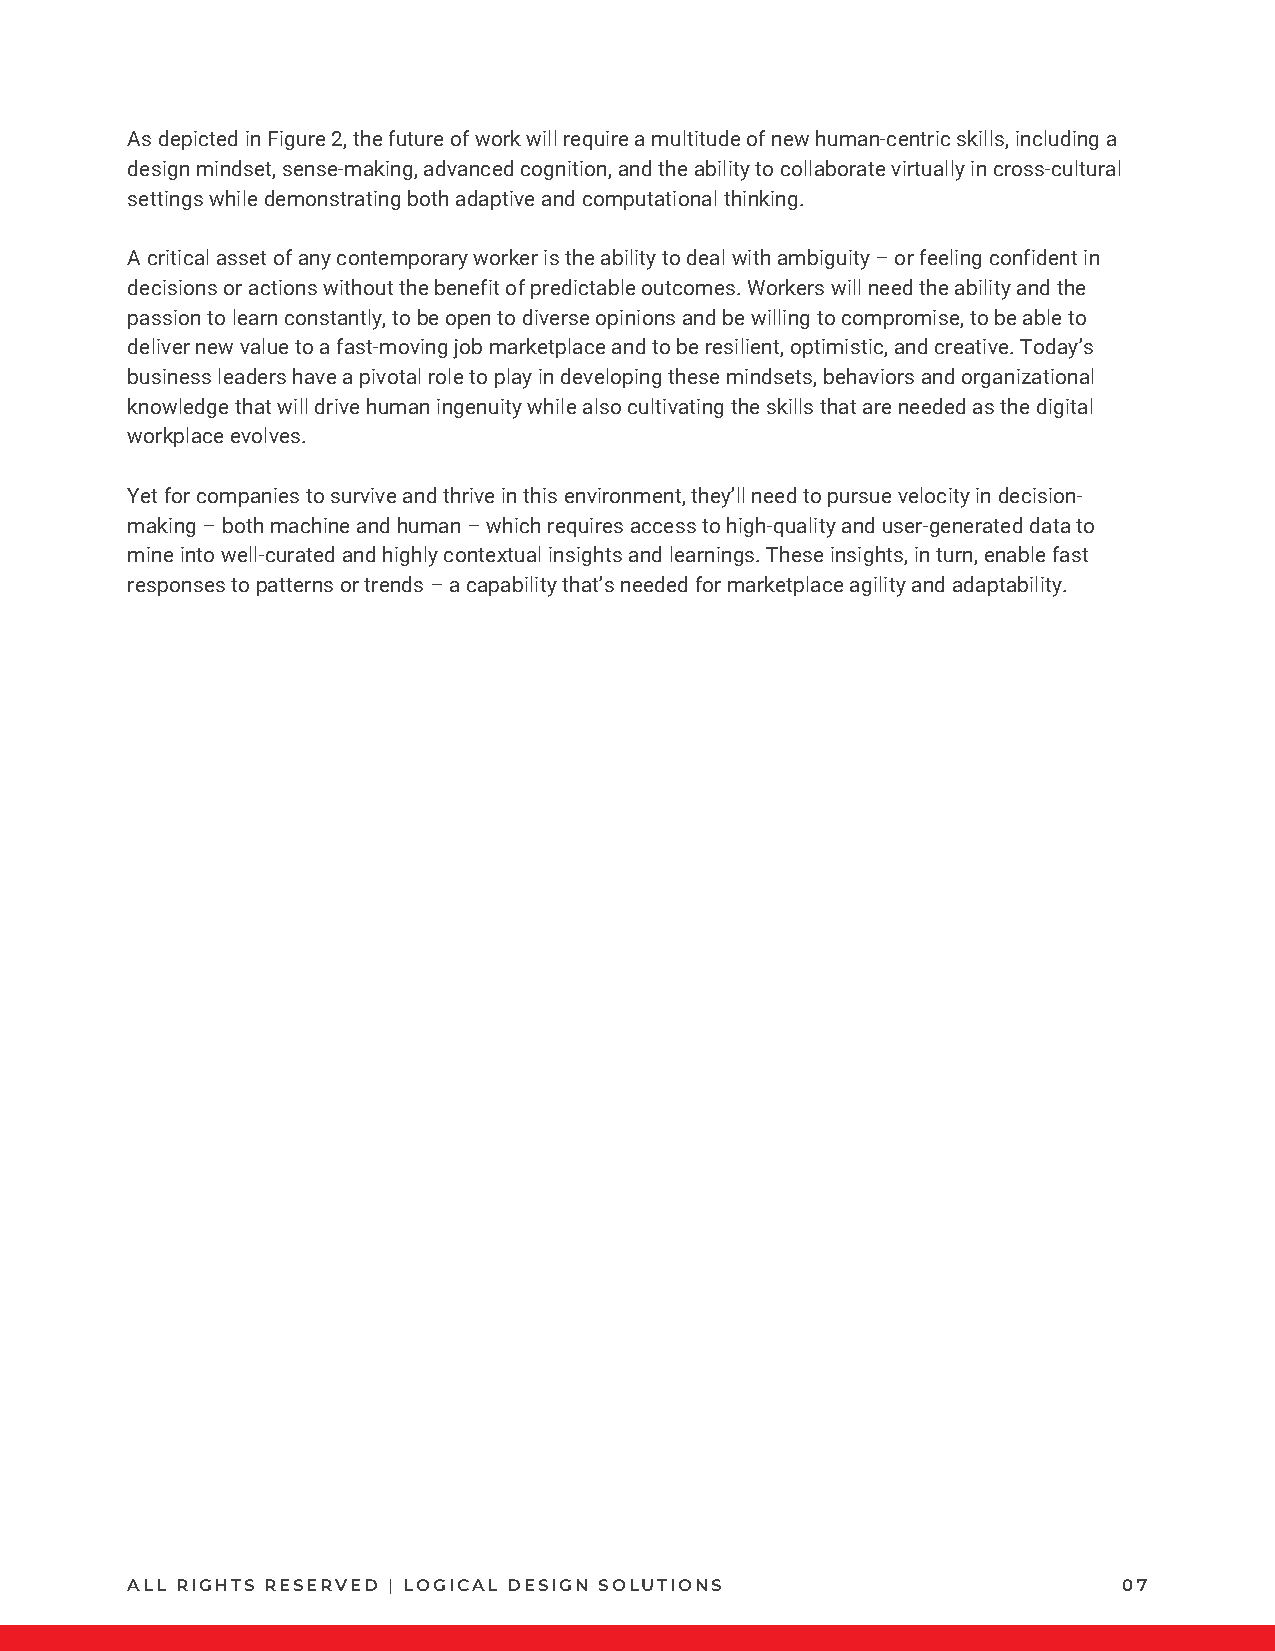
As depicted in Figure 2, the future of work will require a multitude of new human-centric skills, including a
 design mindset, sense-making, advanced cognition, and the ability to collaborate virtually in cross-cultural
 settings while demonstrating both adaptive and computational thinking.
 A critical asset of any contemporary worker is the ability to deal with ambiguity – or feeling confident in
 decisions or actions without the benefit of predictable outcomes. Workers will need the ability and the
 passion to learn constantly, to be open to diverse opinions and be willing to compromise, to be able to
 deliver new value to a fast-moving job marketplace and to be resilient, optimistic, and creative. Today’s
 business leaders have a pivotal role to play in developing these mindsets, behaviors and organizational
 knowledge that will drive human ingenuity while also cultivating the skills that are needed as the digital
 workplace evolves.
 Yet for companies to survive and thrive in this environment, they’ll need to pursue velocity in decision-
 making – both machine and human – which requires access to high-quality and user-generated data to
 mine into well-curated and highly contextual insights and learnings. These insights, in turn, enable fast
 responses to patterns or trends – a capability that’s needed for marketplace agility and adaptability.
 ALL RIGHTS RESERVED | LOGICAL DESIGN SOLUTIONS                    07